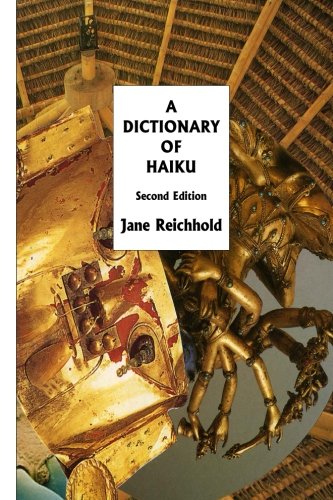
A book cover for A Dictionary of Haiku: Second Edition; Jane Reichhold; Literature & Fiction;